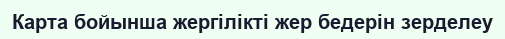
Карта бойынша жергілікті жер бедерін зерделеу